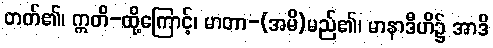
တတ်၏၊ ဣတိ-ထို့ကြောင့်၊ မာတာ-(အမိ)မည်၏၊ မာနာဒီဟိ၌ အာဒိ